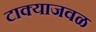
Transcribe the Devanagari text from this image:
टाक्याजवळ